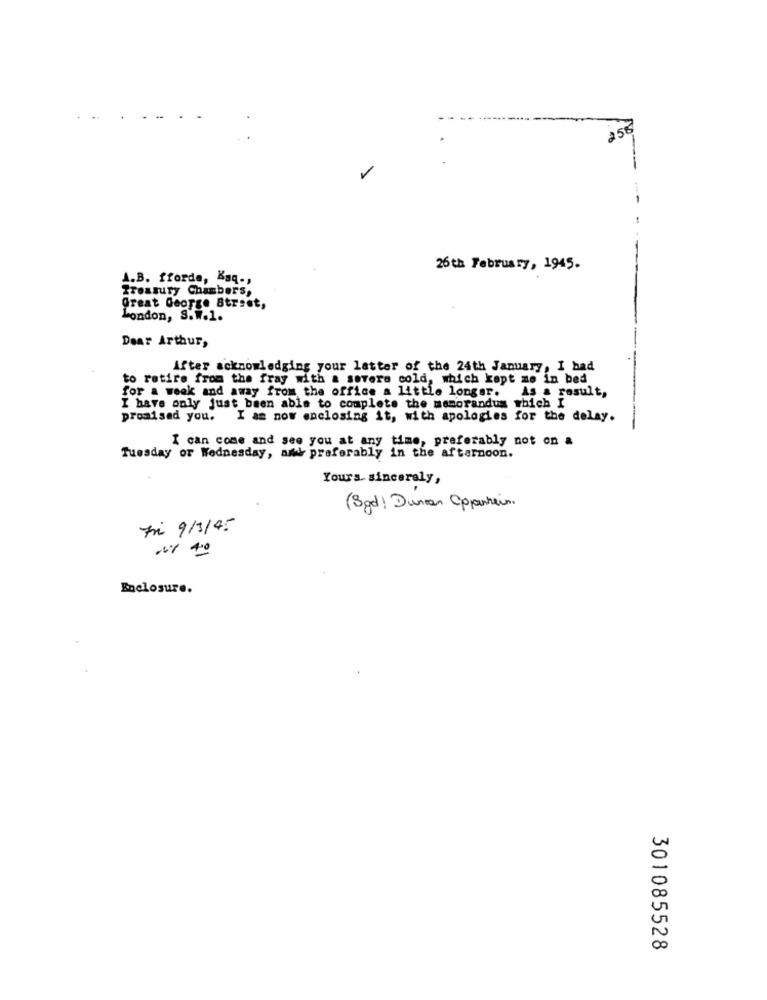
26th February, 1945.
A.B. fforde, Baq -,
Treasury Chambers,
Great George Street,
London, S.W.1.
Dear Arthur,
After acknowledging your latter of the 24th January, I bad
to retire from the fray with a severe cold, which kept me in bed
for a week and away from the office a little longer.
As a result,
I have only just been able to complete the memorandum which I
promised you. I am now enclosing it, with apologies for the delay.
I can come and see you at any time, preferably not on a
Tuesday or Wednesday, any preferably in the afternoon.
Yours sincerely,
(Sgd ! Duncan Oppenheim.
Fri 9/3/45
Enclosure.
301085528